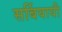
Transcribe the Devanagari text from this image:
सर्बियायी